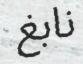
نابغ